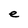
Character: e